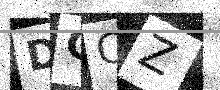
Text: DQCZ